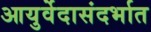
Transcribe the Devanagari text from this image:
आयुर्वेदासंदर्भात